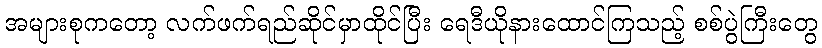
အများစုကတော့ လက်ဖက်ရည်ဆိုင်မှာထိုင်ပြီး ရေဒီယိုနားထောင်ကြသည့် စစ်ပွဲကြီးတွေ